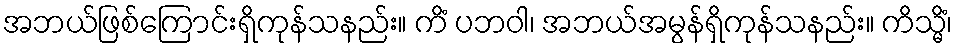
အဘယ်ဖြစ်ကြောင်းရှိကုန်သနည်း။ ကိံ ပဘဝါ၊ အဘယ်အမွန်ရှိကုန်သနည်း။ ကိသ္မိံ၊